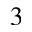
^ { 3 }